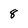
Character: 8